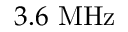
3 . 6 ~ \mathrm { M H z }